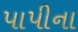
પાપીના